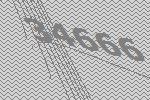
34666